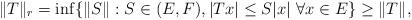
LaTeX: \begin{align*} \|T\|_r=\inf\{\|S\|: S\in(E,F), |Tx|\le S|x|\ \forall x\in E\}\ge\|T\|,\end{align*}